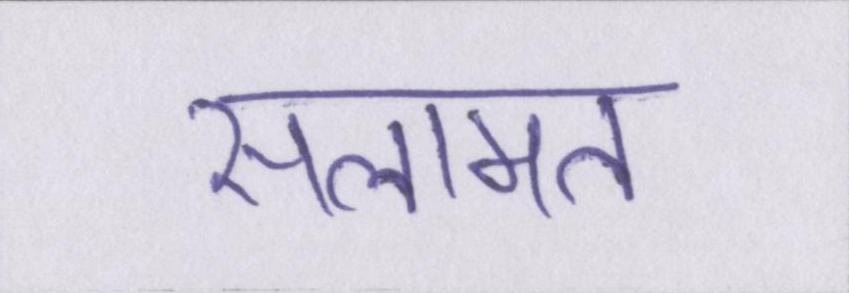
सलामत